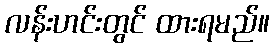
လန်းဟင်းတွင် ထားရမည်။